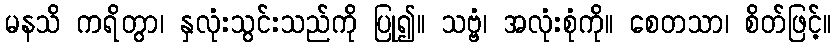
မနသိ ကရိတွာ၊ နှလုံးသွင်းသည်ကို ပြု၍။ သဗ္ဗံ၊ အလုံးစုံကို။ စေတသာ၊ စိတ်ဖြင့်။